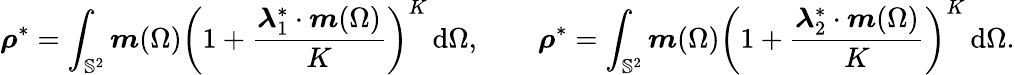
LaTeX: \boldsymbol{\rho}^{*}=\int_{\mathbb{S}^{2}}\boldsymbol{m}(\Omega)\left(1+\frac{\boldsymbol{\lambda}_{1}^{*}\cdot\boldsymbol{m}(\Omega)}{K}\right)^{K}\, \mathrm{d}\Omega,\qquad\boldsymbol{\rho}^{*}=\int_{\mathbb{S}^{2}}\boldsymbol{m}(\Omega)\left(1+\frac{\boldsymbol{\lambda}_{2}^{*}\cdot\boldsymbol{m}(\Omega)}{K}\right)^{K}\, \mathrm{d}\Omega.